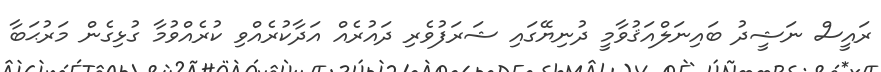
ރައީސް ނަޝީދު ބައިނަލްއަޤުވާމީ ދުނިޔޭގައި ޝަރަފުވެރި ދައުރެއް އަދާކުރެއްވި ކުރެއްވުމާ ގުޅިގެން މަރުޙަބާ